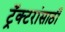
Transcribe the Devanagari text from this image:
ट्रॅक्टरांसाठी